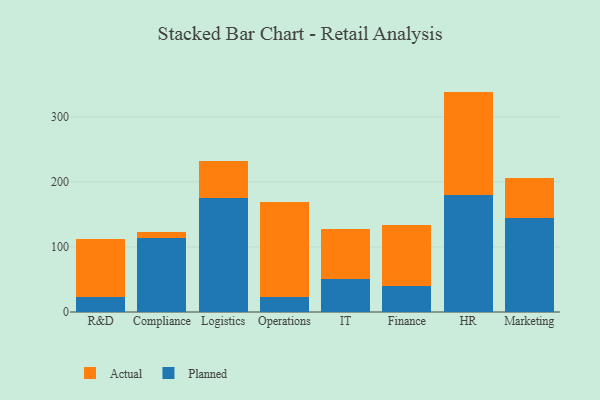
{"axis": {"x": "Department", "y": "Revenue (USD Million)"}, "legend": ["Actual", "Planned"], "data": [{"x": "R&D", "y": 22.4, "type": "Planned"}, {"x": "R&D", "y": 90.2, "type": "Actual"}, {"x": "Compliance", "y": 113.1, "type": "Planned"}, {"x": "Compliance", "y": 10.6, "type": "Actual"}, {"x": "Logistics", "y": 175.4, "type": "Planned"}, {"x": "Logistics", "y": 56.6, "type": "Actual"}, {"x": "Operations", "y": 23.8, "type": "Planned"}, {"x": "Operations", "y": 145.0, "type": "Actual"}, {"x": "IT", "y": 50.7, "type": "Planned"}, {"x": "IT", "y": 77.2, "type": "Actual"}, {"x": "Finance", "y": 40.7, "type": "Planned"}, {"x": "Finance", "y": 92.8, "type": "Actual"}, {"x": "HR", "y": 179.7, "type": "Planned"}, {"x": "HR", "y": 159.1, "type": "Actual"}, {"x": "Marketing", "y": 145.2, "type": "Planned"}, {"x": "Marketing", "y": 60.4, "type": "Actual"}]}